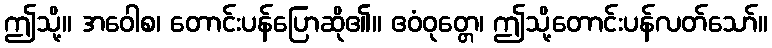
ဤသို့။ အဝေါစ၊ တောင်းပန်ပြောဆို၏။ ဧဝံဝုတ္တေ၊ ဤသို့တောင်းပန်လတ်သော်။